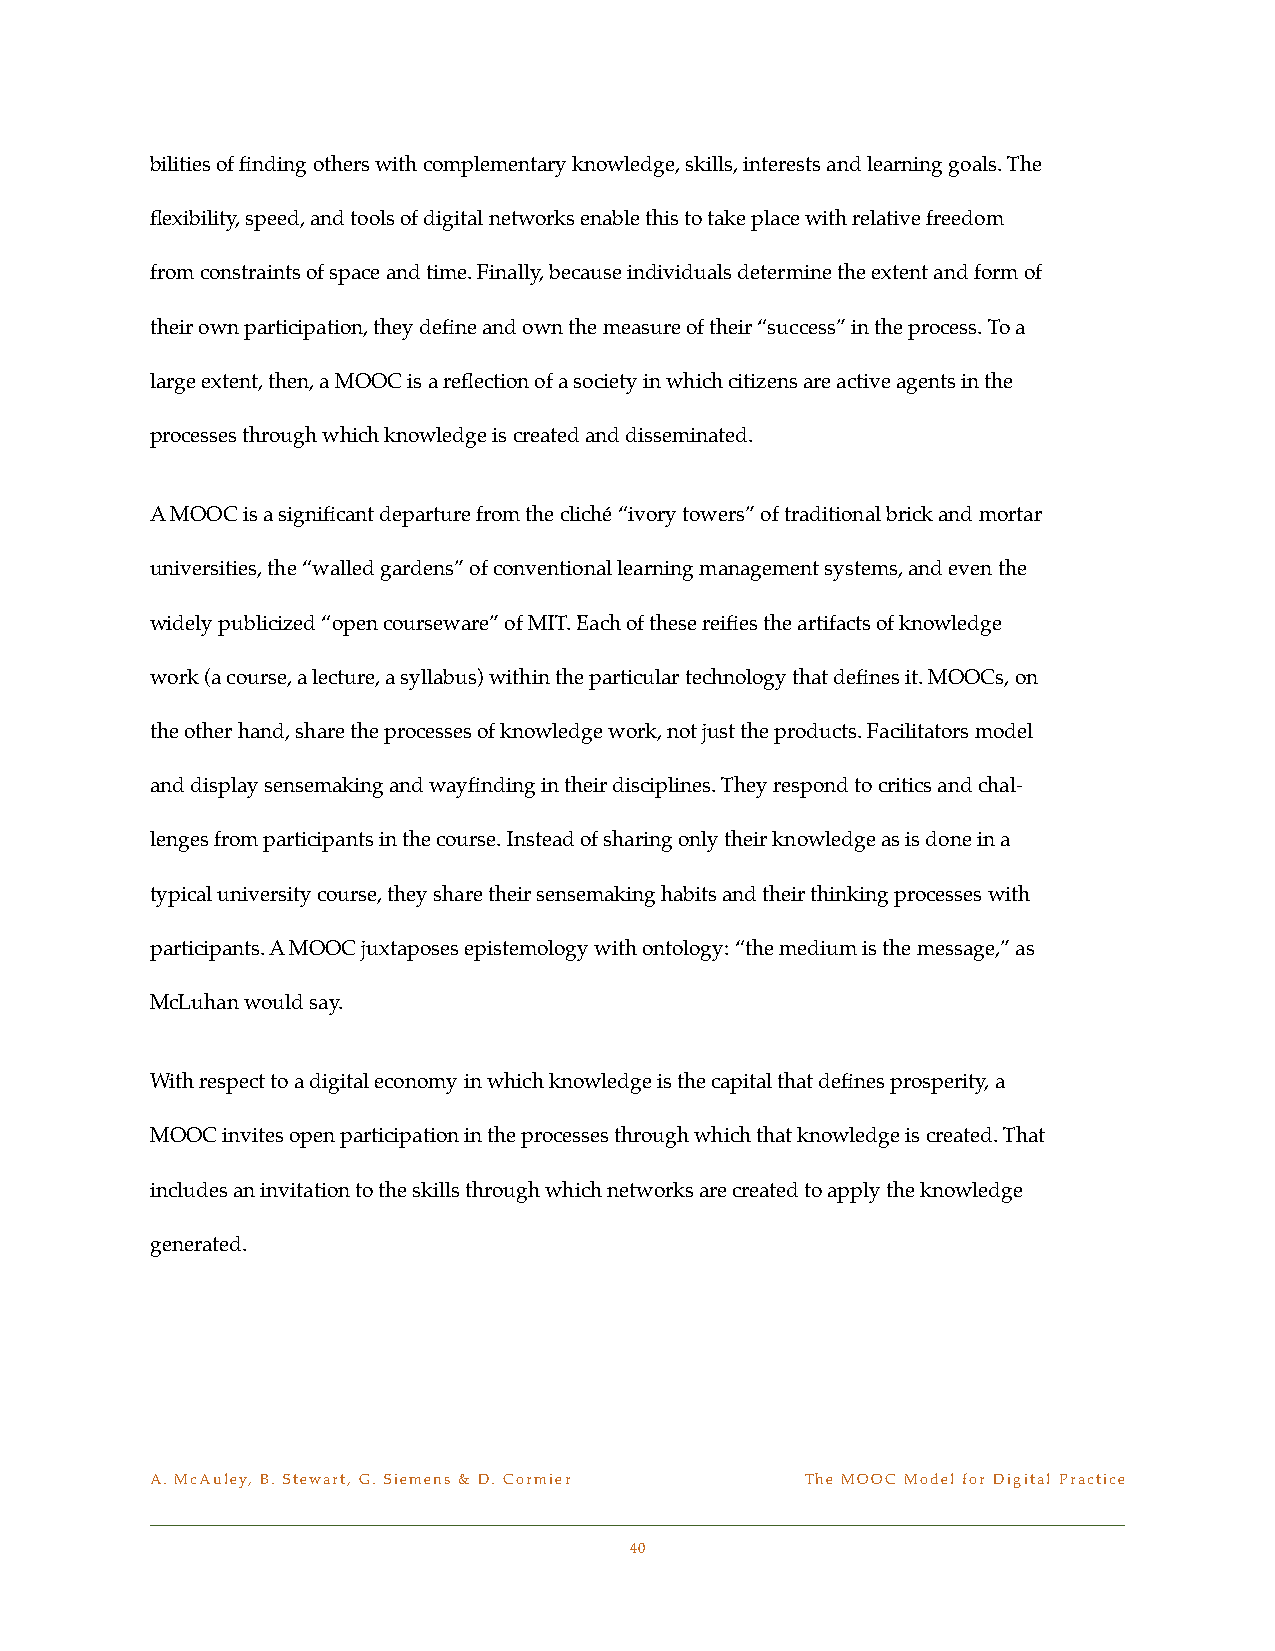
bilities of finding others with complementary knowledge, skills, interests and learning goals. The
 flexibility, speed, and tools of digital networks enable this to take place with relative freedom
 from constraints of space and time. Finally, because individuals determine the extent and form of
 their own participation, they define and own the measure of their “success” in the process. To a
 large extent, then, a MOOC is a reflection of a society in which citizens are active agents in the
 processes through which knowledge is created and disseminated.
 A MOOC is a significant departure from the cliché “ivory towers” of traditional brick and mortar
 universities, the “walled gardens” of conventional learning management systems, and even the
 widely publicized “open courseware” of MIT. Each of these reifies the artifacts of knowledge
 work (a course, a lecture, a syllabus) within the particular technology that defines it. MOOCs, on
 the other hand, share the processes of knowledge work, not just the products. Facilitators model
 and display sensemaking and wayfinding in their disciplines. They respond to critics and chal-
 lenges from participants in the course. Instead of sharing only their knowledge as is done in a
 typical university course, they share their sensemaking habits and their thinking processes with
 participants. A MOOC juxtaposes epistemology with ontology: “the medium is the message,” as
 McLuhan would say.
 With respect to a digital economy in which knowledge is the capital that defines prosperity, a
 MOOC invites open participation in the processes through which that knowledge is created. That
 includes an invitation to the skills through which networks are created to apply the knowledge
 generated.
 A. McAuley, B. Stewart, G. Siemens & D. Cormier! The MOOC Model for Digital Practice
 40